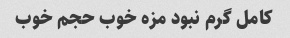
کامل گرم نبود مزه خوب حجم خوب